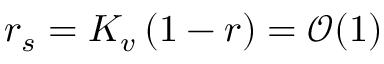
r _ { s } = K _ { v } \left( 1 - r \right) = \mathcal { O } ( 1 )